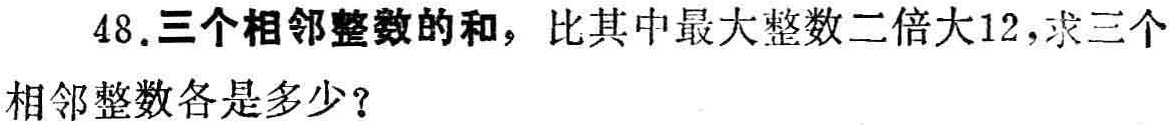
48.三个相邻整数的和，比其中最大整数二倍大12，求三个相邻整数各是多少？